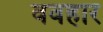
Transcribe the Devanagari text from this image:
ववहार